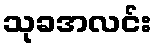
သုခအလင်း